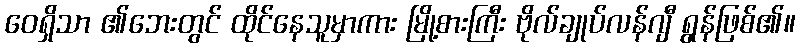
ဝေရှိသာ ၏ဘေးတွင် ထိုင်နေသူမှာကား မြို့စားကြီး ဗိုလ်ချုပ်လန်ဂျီ ရွန်ဖြစ်၏။